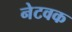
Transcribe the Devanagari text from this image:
नेटवक